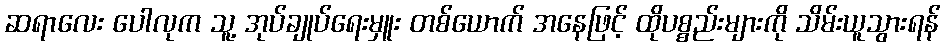
ဆရာလေး ပေါလုက သူ့ အုပ်ချုပ်ရေးမှူး တစ်ယောက် အနေဖြင့် ထိုပစ္စည်းများကို သိမ်းယူသွားရန်